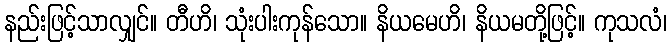
နည်းဖြင့်သာလျှင်။ တီဟိ၊ သုံးပါးကုန်သော။ နိယမေဟိ၊ နိယမတို့ဖြင့်။ ကုသလံ၊